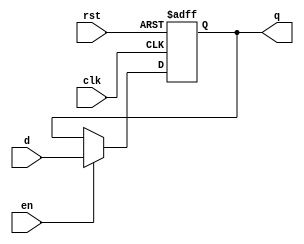
// Copyright (c) 2017, Microsemi Corporation
// All rights reserved.
//
// Redistribution and use in source and binary forms, with or without
// modification, are permitted provided that the following conditions are met:
//     * Redistributions of source code must retain the above copyright
//       notice, this list of conditions and the following disclaimer.
//     * Redistributions in binary form must reproduce the above copyright
//       notice, this list of conditions and the following disclaimer in the
//       documentation and/or other materials provided with the distribution.
//     * Neither the name of the <organization> nor the
//       names of its contributors may be used to endorse or promote products
//       derived from this software without specific prior written permission.
//
// THIS SOFTWARE IS PROVIDED BY THE COPYRIGHT HOLDERS AND CONTRIBUTORS "AS IS" AND
// ANY EXPRESS OR IMPLIED WARRANTIES, INCLUDING, BUT NOT LIMITED TO, THE IMPLIED
// WARRANTIES OF MERCHANTABILITY AND FITNESS FOR A PARTICULAR PURPOSE ARE
// DISCLAIMED. IN NO EVENT SHALL MICROSEMI CORPORATIONM BE LIABLE FOR ANY
// DIRECT, INDIRECT, INCIDENTAL, SPECIAL, EXEMPLARY, OR CONSEQUENTIAL DAMAGES
// (INCLUDING, BUT NOT LIMITED TO, PROCUREMENT OF SUBSTITUTE GOODS OR SERVICES;
// LOSS OF USE, DATA, OR PROFITS; OR BUSINESS INTERRUPTION) HOWEVER CAUSED AND
// ON ANY THEORY OF LIABILITY, WHETHER IN CONTRACT, STRICT LIABILITY, OR TORT
// (INCLUDING NEGLIGENCE OR OTHERWISE) ARISING IN ANY WAY OUT OF THE USE OF THIS
// SOFTWARE, EVEN IF ADVISED OF THE POSSIBILITY OF SUCH DAMAGE.
//
// APACHE LICENSE
// Copyright (c) 2017, Microsemi Corporation 
//
// Licensed under the Apache License, Version 2.0 (the "License");
// you may not use this file except in compliance with the License.
// You may obtain a copy of the License at
//
//    http://www.apache.org/licenses/LICENSE-2.0
//
// Unless required by applicable law or agreed to in writing, software
// distributed under the License is distributed on an "AS IS" BASIS,
// WITHOUT WARRANTIES OR CONDITIONS OF ANY KIND, either express or implied.
// See the License for the specific language governing permissions and
// limitations under the License.
//
// Description:
//
// SVN Revision Information:
// SVN $Revision: $
// SVN $Date: $
//
// Resolved SARs
// SAR      Date     Who   Description
//
// Notes:
//
// ****************************************************************************/
`ifndef RANDOMIZE_REG_INIT 
	 `define RANDOMIZE_REG_INIT 
 `endif
`ifndef RANDOMIZE_MEM_INIT 
	 `define RANDOMIZE_MEM_INIT 
 `endif
`ifndef RANDOMIZE 
	 `define RANDOMIZE 
`endif

`timescale 1ns/10ps
module MiV_AXI_MiV_AXI_0_MIV_RV32IMA_L1_AXI_ASYNC_RESET_REG (
                      input      d,
                      output reg q,
                      input      en,

                      input      clk,
                      input      rst);
   
   always @(posedge clk or posedge rst) begin

      if (rst) begin
         q <= 1'b0;
      end else if (en) begin
         q <= d;
      end
   end
   

endmodule // MIV_RV32IMA_L1_AXI_ASYNC_RESET_REG